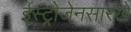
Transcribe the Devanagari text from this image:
ईस्ट्रोजेनसारखे